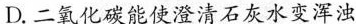
D.二氧化碳能使澄清石灰水变浑浊